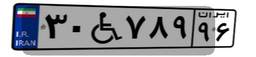
۳۰W۷۸۹۹۶